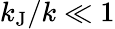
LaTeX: k_{\mathrm{J}}/k\ll 1